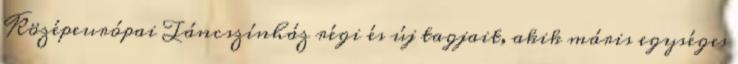
Középeurópai Táncszínház régi és új tagjait, akik máris egységes